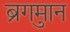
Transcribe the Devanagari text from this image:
ब्रुगमान